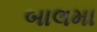
બાલમા